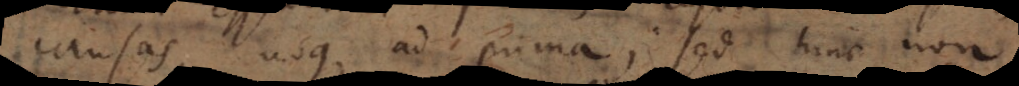
causas, usque ad prima; sed hinc non